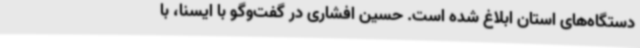
دستگاه‌های استان ابلاغ شده است. حسین افشاری در گفت‌وگو با ایسنا، با